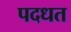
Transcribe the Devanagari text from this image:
पदधत